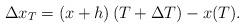
LaTeX: \begin{align*}\Delta x_T = (x+h)\left( T + \Delta T \right) - x(T).\end{align*}